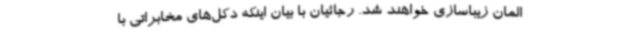
المان زیباسازی خواهند شد. رجائیان با بیان اینکه دکل‌های مخابراتی با